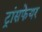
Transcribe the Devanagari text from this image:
ट्रांसफेयर